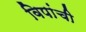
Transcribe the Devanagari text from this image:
विपांची